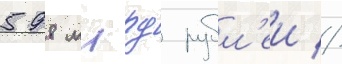
598 млрд рубл'еи //